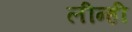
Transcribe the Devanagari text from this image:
लीन्‍ही